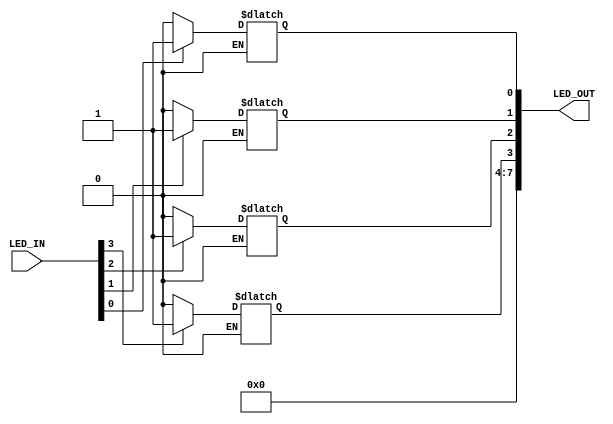
module LED
(
    input wire [31:0] LED_IN,
    output wire [7:0] LED_OUT
);

reg [7:0] LED_DATA = 8'b0;

always@(LED_IN)
begin
    LED_DATA[4] <= 1'b0;
    LED_DATA[5] <= 1'b0;
    LED_DATA[6] <= 1'b0;
    LED_DATA[7] <= 1'b0;
    if (LED_IN[0] == 0) begin
        LED_DATA[0] <= 1'b0;
    end
    if(LED_IN[0] == 1) begin
       LED_DATA[0] <= 1'b1;
    end
    if (LED_IN[1] == 0) begin
       LED_DATA[1] <= 1'b0;
    end
    if(LED_IN[1] == 1) begin
        LED_DATA[1] <= 1'b1;
    end
    if (LED_IN[2] == 0) begin
        LED_DATA[2] <= 1'b0;
    end
    if(LED_IN[2] == 1) begin
        LED_DATA[2] <= 1'b1;
    end
    if (LED_IN[3] == 0) begin
        LED_DATA[3] <= 1'b0;
    end    
    if(LED_IN[3] == 1) begin
        LED_DATA[3] <= 1'b1;
    end
end

assign LED_OUT = LED_DATA;

endmodule